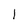
Character: l